Lunatic asylums Central Provinces reports 1886-1894 - 1886-1894
Year: 1886
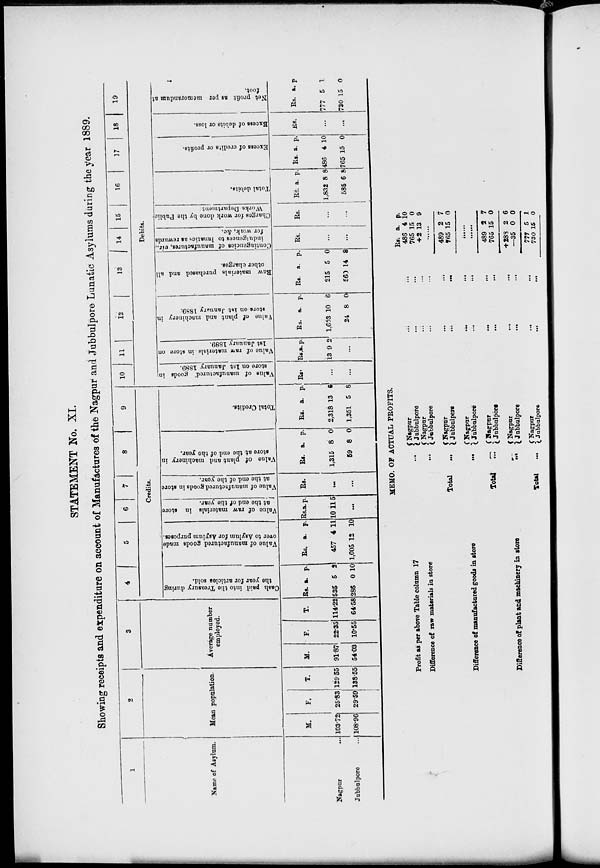
STATEMENT No. XI.
Showing receipts and expenditure on account of Manufactures of the Nagpur and Jubbulpore Lunatic Asylums during the year 1889.
1
Name of Asylum.
Nagpur ...
Jubbulpore
...
2
Mean population.
M.
103.72
10.96
F.
25.83
2.59
T.
129.55
138.55
3
Average number
employed.
M.
91.87
54.03
F.
22.35
10.55
T.
114.22
64.58
4
5
6
7
8
9
Credits.
Cash paid into the Treasury during
the year for articles sold.
Rs.
535
286
a.
5
0
p.
2
10
Value of manufactured goods made
over to Asylum for Asylum purposes
Rs.
457
1,005
a.
4
12
p.
11
10
Val ue of r a w m a t e r i a l s in store
at the end of the year.
Rs
10
a.
11
p.
5
...
Value of manufactured goods in store
at the end of the year.
Rs.
...
...
Value of plant and machinery in
store at the end of the year.
Rs.
1,315
59
a.
8
8
p.
0
0
Total Credits.
Rs.
2,318
1,351
a.
13
5
p.
6
8
10
11
12
13
14
15
16
17
18 19
Debits.
Value of manufactured goods in
store on 1st January 1889.
Rs.
...
...
Value of r
aw ma t e r i a l s in s t or e on
1st J anuar y 1889.
Rs.
13
a.
9
p.
2
...
Value of plant and machinery in
store
on 1st January 1889.
Rs.
1,603
24
a.
10
8
p.
6
0
Raw
materials purchased and all
other charges.
Rs.
215
560
a.
5
14
p.
0
8
Contingencies of manufactures, viz.,
indulgences to lunatics as rewards
for work, &c.
Rs.
...
...
Charges for work done by the Public
Works Department.
Rs.
...
...
Total debits.
Rs.
1,832
585
a.
8
6
p.
8
8
Excess of credits or profits.
Rs.
486
765
a.
4
15
p.
10
0
Excess
of debits or loss.
Rs.
...
...
Net profit as per memorandum at
foot.
Rs.
777
730
a.
5
15
p.
1
0
MEMO. OF ACTUAL PROFITS.
Profit as per above Table column 17
...
Difference of raw materials in store
...
Total
...
Difference of manufactured goods in store
...
Total
...
Difference of plant and machinery in store
...
Total
...
Nagpur ... ...
Jubbulpore ... ...
Nagpur ... ...
Jubbulpore ... ...
Nagpur ... ...
Jubbulpore
...
...
Nagpur ... ...
Jubbulpore
...
...
Nagpur ... ...
Jubbulpore ... ...
Nagpur
...
...
Jubbulpore
...
...
Nagpur
...
...
Jubbulpore
...
...
Rs..
486
765
+2
a.
4
15
13
p.
10
0
9
......
489
765
2
15
7
0
......
......
489
765
+288
—35
777
730
2
15
2
0
5
15
7
0
6
0
1
0